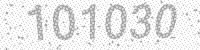
Solution: 101030